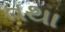
તથા